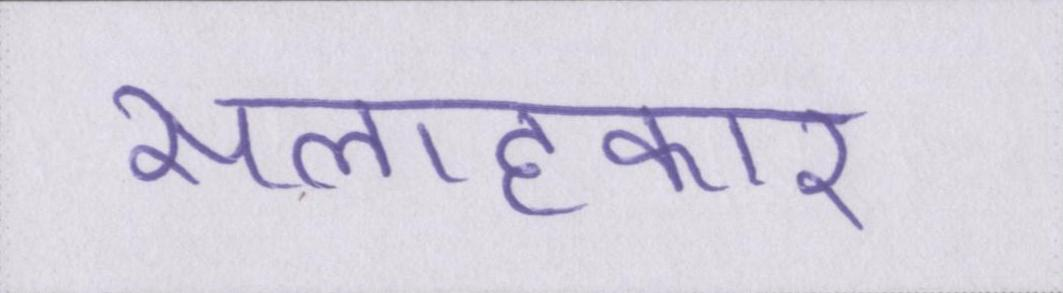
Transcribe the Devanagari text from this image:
सलाहकार